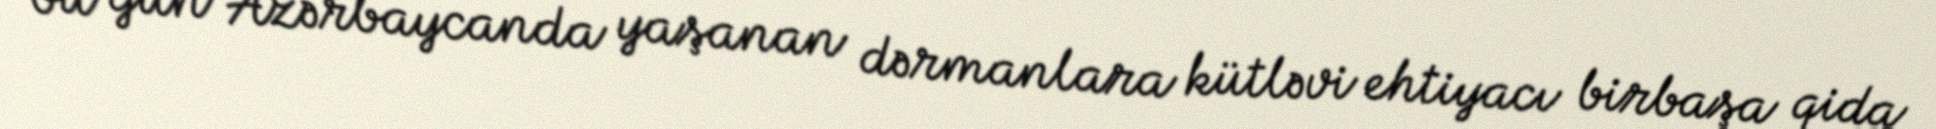
bu gün Azərbaycanda yaşanan dərmanlara kütləvi ehtiyacı birbaşa qida